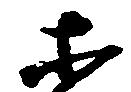
等